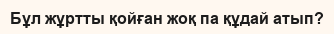
Бұл жұртты қойған жоқ па құдай атып?